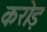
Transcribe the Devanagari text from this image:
करोड़